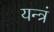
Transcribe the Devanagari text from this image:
यन्त्रं